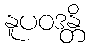
နူပဝဒန္တိ